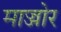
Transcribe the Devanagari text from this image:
माज्जोर